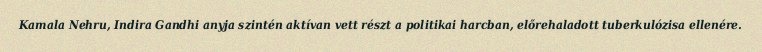
Kamala Nehru, Indira Gandhi anyja szintén aktívan vett részt a politikai harcban, előrehaladott tuberkulózisa ellenére.